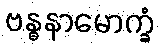
ဗန္ဓနာမောက္ခံ